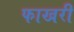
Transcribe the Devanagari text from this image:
फाखरी